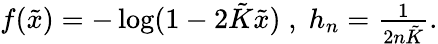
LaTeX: \begin{array}{r}{f({\tilde{x}})=-\log(1-2{\tilde{K}}{\tilde{x}})\; ,\; h_{n}=\frac{1}{2n{\tilde{K}}}.}\end{array}